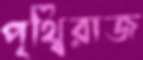
পৃথ্বিরাজ